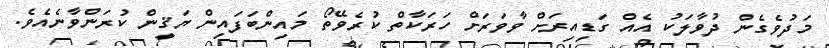
މަދުވެގެން ދުވާލަކު އެއް ގަޑިއިރަށް ވާވަރަށް ހަރަކާތް ކުރެވޭތޯ މައިންބަފައިން ޔަޤީން ކުރަންވާނެއެވެ.